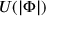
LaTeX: U ( | \Phi | )